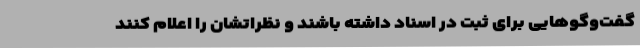
گفت‌وگوهایی برای ثبت در اسناد داشته باشند و نظراتشان را اعلام کنند